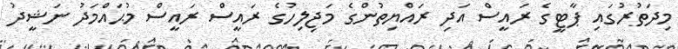
މިދަތުރުގައި ޕާޓީގެ ރައީސް އަދި ރައްޔިތުންގެ މަޖިލިހުގެ ރައީސް ރައީސް މުޙައްމަދު ނަޝީދު